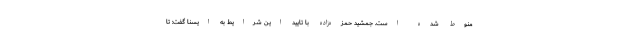
منوط شده است. جمشید حمزه‌زاده با تایید این شرایط به ایسنا گفت: تا